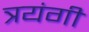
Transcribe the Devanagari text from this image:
त्रयंगी